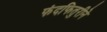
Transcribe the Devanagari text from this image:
फंदफितुरीने